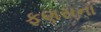
ફણસના